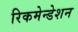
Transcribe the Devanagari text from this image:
रिकमेन्डेशन